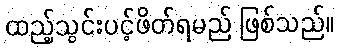
ထည့်သွင်းပင့်ဖိတ်ရမည် ဖြစ်သည်။